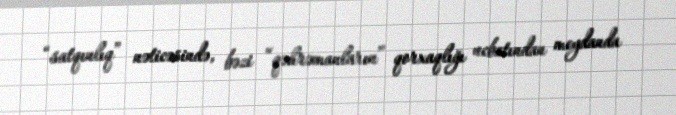
“satqınlıq” nəticəsində, bəzi “qəhrəmanların” qorxaqlığı ucbatından meydanda